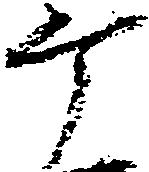
ヶ